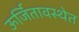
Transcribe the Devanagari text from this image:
ऊर्जितावस्थेत